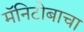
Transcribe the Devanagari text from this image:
मॅनिटोबाचा